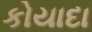
કોયાદા